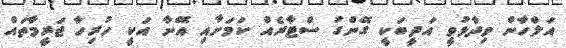
އަލްހާން ވިދާޅުވީ އަދީބަކީ ގޭންގު ސްޓާރެއް ކަމަށާއި އޭނާ އަކީ ހުރިހާ ޖަރީމާތައް